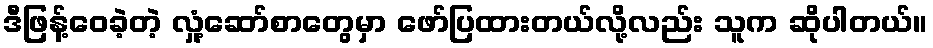
ဒီဖြန့်ဝေခဲ့တဲ့ လှုံ့ဆော်စာတွေမှာ ဖော်ပြထားတယ်လို့လည်း သူက ဆိုပါတယ်။